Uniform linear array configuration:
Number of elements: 8
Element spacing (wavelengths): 1
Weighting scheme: cosine
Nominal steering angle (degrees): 15
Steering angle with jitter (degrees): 15.557
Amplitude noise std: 0.05
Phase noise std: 0.05

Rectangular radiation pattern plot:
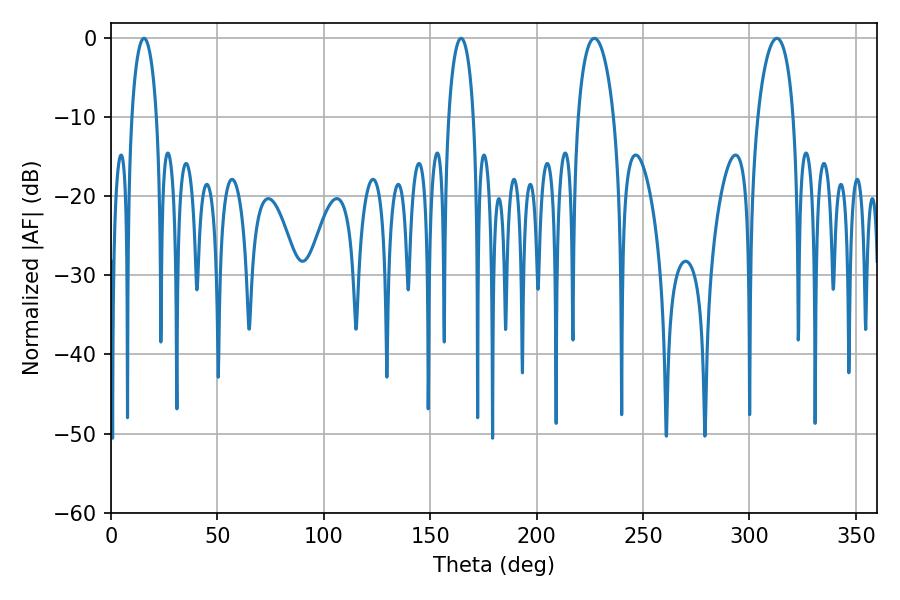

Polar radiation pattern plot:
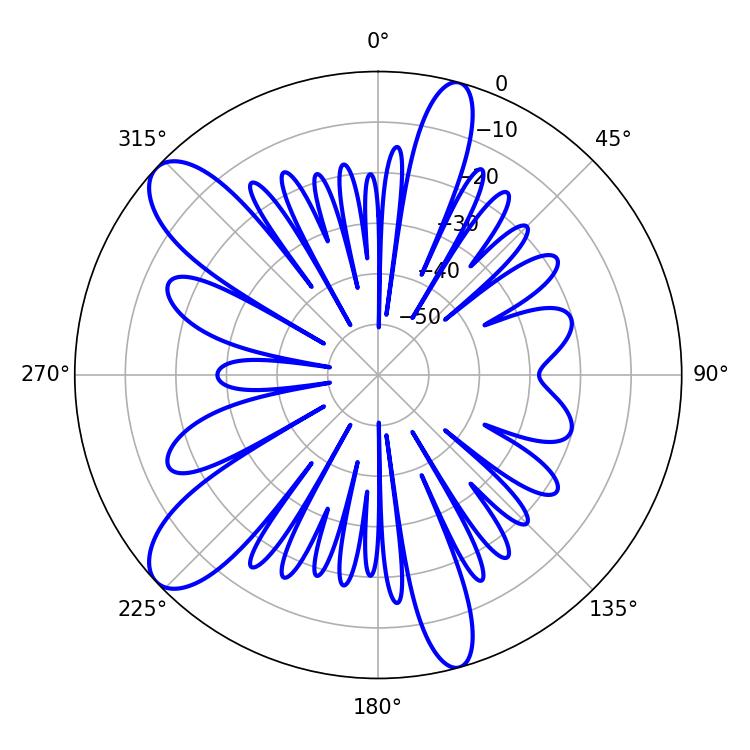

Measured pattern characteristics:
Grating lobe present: TRUE
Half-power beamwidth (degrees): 6.66
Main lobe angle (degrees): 15.48